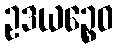
ဥဒယဉ္စေဝ